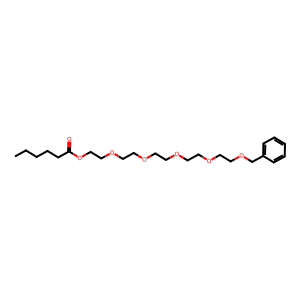
SMILES: CCCCCC(=O)OCCOCCOCCOCCOCCOCc1ccccc1
Inhibits HIV replication: No